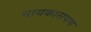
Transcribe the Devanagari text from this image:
नायकासपण